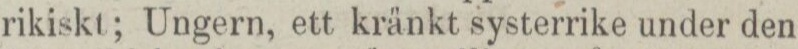
rikiskt; Ungern, ett kränkt systerrike under den